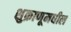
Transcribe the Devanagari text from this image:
शुक्राणूमधील